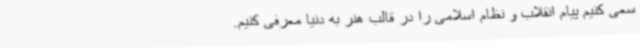
سعی کنیم پیام انقلاب و نظام اسلامی را در قالب هنر به دنیا معرفی کنیم.